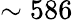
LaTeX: \sim 586